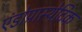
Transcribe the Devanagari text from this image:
एंडोप्रास्थेटिक